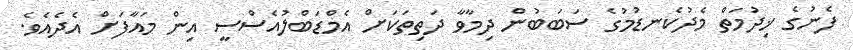
ފެނުގެ ޚިދުމަތް މެދުކެނޑުމުގެ ސަބަބުން ދިމާވާ ދަތިތަކަށް އެމްޑަބްލުއެސްސީ އިން މައާފަށް އެދެއެވެ.